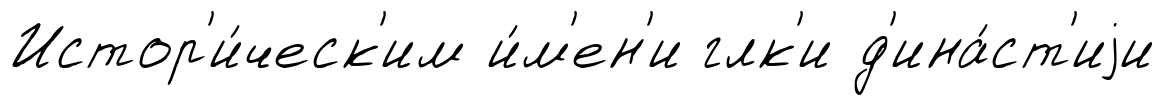
Истор'и́ческ'им и́м'ен'и глк'и д'ина́ст'иjи